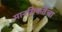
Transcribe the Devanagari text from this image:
मानसिकतेचा